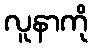
လူနာကို